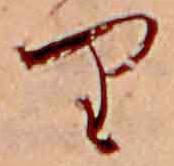
り